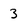
Character: 3